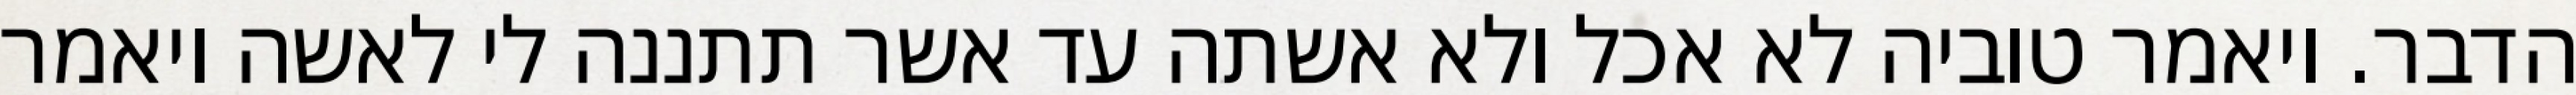
הדבר. ויאמר טוביה לא אכל ולא אשתה עד אשר תתננה לי לאשה ויאמר